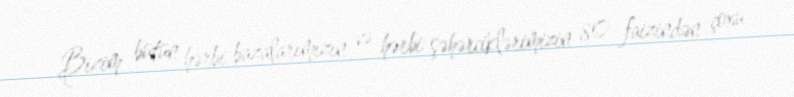
Bizim bütün hərbi bazalarımızın və hərbi şəhərciklərimizin 80 faizindən çoxu